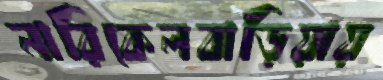
নারিকেলবাড়িয়ায়